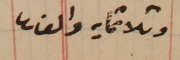
وثلاثمايه والف.